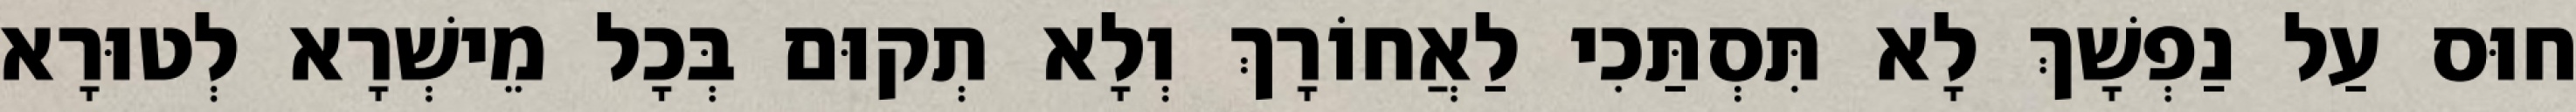
חוּס עַל נַפְשָׁךְ לָא תִּסְתַּכִי לַאֲחוֹרָךְ וְלָא תְקוּם בְּכָל מֵישְׁרָא לְטוּרָא